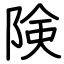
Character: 険